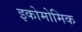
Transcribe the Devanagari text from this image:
इकोमोमिक